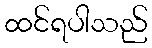
ထင်ရပါသည်